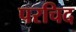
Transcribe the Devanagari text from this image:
परचिद